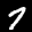
Label: 7